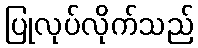
ပြုလုပ်လိုက်သည်